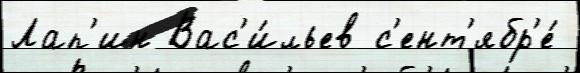
Лап'ин Вас'и́льев с'ент'ябр'е́